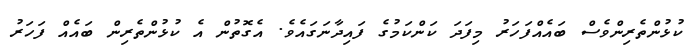
ކުޅުންތެރިންވެސް ބައެއްފަހަރު މިފަދަ ކަންކަމުގެ ފައިދާނަގައެވެ. އެގޮތުން އެ ކުޅުންތެރިން ބައެއް ފަހަރު